Code of medical and sanitary regulations for the guidance of medical officers serving in the Madras Presidency - Volume I
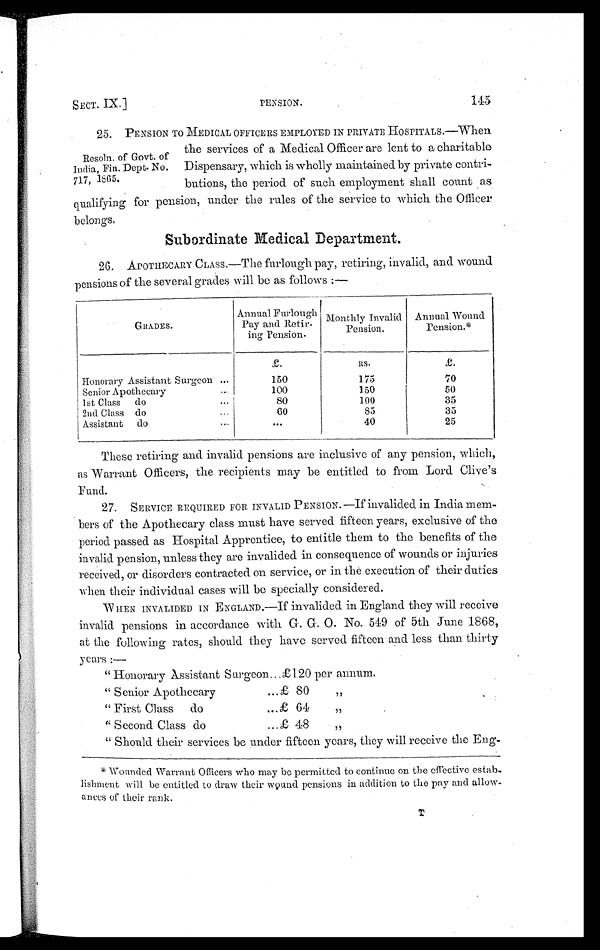
SECT. IX.]
PENSION.
145
Resoln. of Govt. of
India, Fin. Dept. No.
717, 1865.
25. PENSION TO MEDICAL OFFICERS EMPLOYED IN PRIVATE HOSPITALS.—When
the services of a Medical Officer are lent to a charitable
Dispensary, which is wholly maintained by private contri-
butions, the period of such employment shall count as
qualifying for pension, under the rules of the service to which the Officer
belongs.
Subordinate Medical Department.
26. APOTHECARY CLASS.—The furlough pay, retiring, invalid, and wound
pensions of the several grades will be as follows :—
GRADES.
Annual Furlough
Pay and Retir-
ing Pension.
Monthly Invalid
Pension.
Annual Wound
Pension.*
£.
Rs.
£.
Honorary Assistant Surgeon
...
150
175
70
Senior Apothecary
...
100
150
50
1st Class do
...
80
100
35
2nd Class do
...
60
85
35
Assistant do
... ...
40
25
These retiring and invalid pensions are inclusive of any pension, which,
as Warrant Officers, the recipients may be entitled to from Lord Clive's
Fund.
27. SERVICE REQUIRED FOR INVALID PENSION.—If invalided in India mem-
bers of the Apothecary class must have served fifteen years, exclusive of the
period passed as Hospital Apprentice, to entitle them to the benefits of the
invalid pension, unless they are invalided in consequence of wounds or injuries
received, or disorders contracted on service, or in the execution of their duties
when their individual cases will be specially considered.
WHEN INVALIDED IN ENGLAND.—If invalided in England they will receive
invalid pensions in accordance with G. G. O. No. 549 of 5th June 1868,
at the following rates, should they have served fifteen and less than thirty
years :—
" Honorary Assistant Surgeon ...£120 per annum.
" Senior Apothecary ...£80 "
" First Class do ... 64 "
"Second Class do ...£48 "
" Should their services be under fifteen years, they will receive the Eng-
* Wounded Warrant Officers who may be permitted to continue on the effective estab
-lishment will be entitled to draw their wound pensions in addition to the pay and allow-
ances or their rank.
T